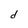
Character: d